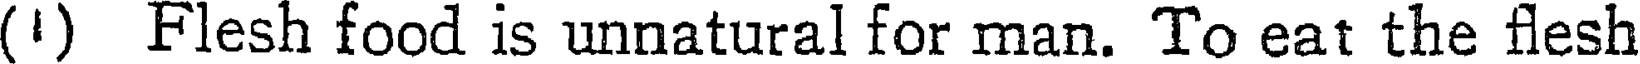
(') Flesh food is unnatural for man. To eat the flesh